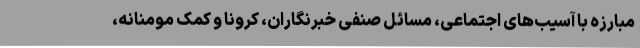
مبارزه با آسیب‌های اجتماعی، مسائل صنفی خبرنگاران، کرونا و کمک مومنانه،